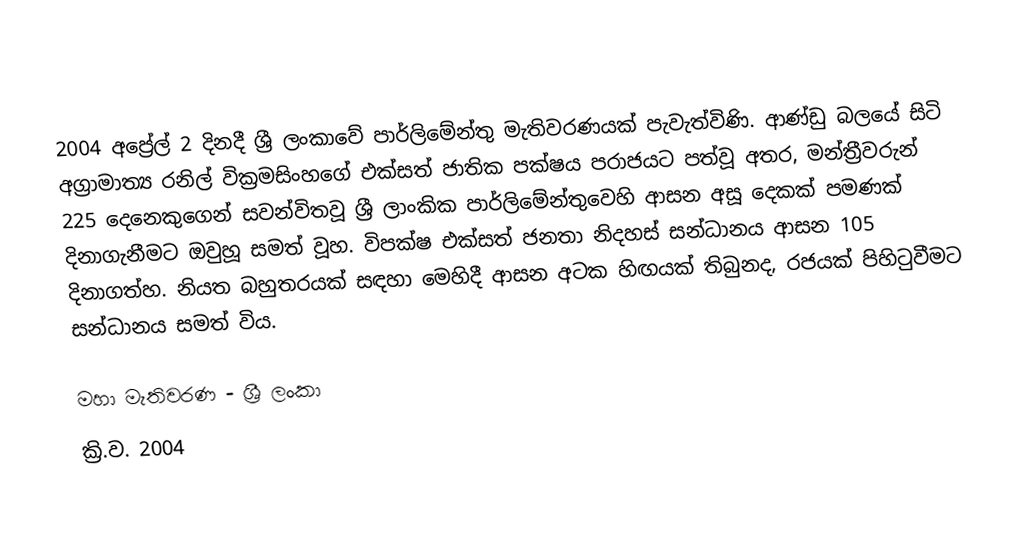
2004 අප්‍රේල් 2 දිනදී  ශ්‍රී ලංකාවේ පාර්ලිමේන්තු මැතිවරණයක් පැවැත්විණි. ආණ්ඩු බලයේ සිටි අග්‍රාමාත්‍ය රනිල් වික්‍රමසිංහගේ  එක්සත් ජාතික පක්ෂය පරාජයට පත්වූ අතර, මන්ත්‍රීවරුන් 225 දෙනෙකුගෙන් සවන්විතවූ ශ්‍රී ලාංකික පාර්ලිමේන්තුවෙහි ආසන අසූ දෙකක් පමණක් දිනාගැනීමට ඔවුහූ සමත් වූහ. විපක්ෂ එක්සත් ජනතා නිදහස් සන්ධානය ආසන 105 දිනාගත්හ. නියත බහුතරයක් සඳහා මෙහිදී ආසන අටක හිඟයක් තිබුනද, රජයක් පිහිටුවීමට සන්ධානය සමත් විය.

මහා මැතිවරණ - ශ්‍රී ලංකා
ක්‍රි.ව. 2004